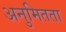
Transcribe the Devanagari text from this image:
अनुमितता